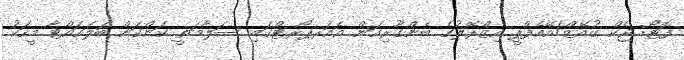
ފޮޓޯ: ޖެކް ގުއޭޒް/އޭއެފްޕީ އިޒްރޭލުގެ ބެންގޫރިއަން އެއަރޕޯރޓްގައި ސަލާމަތީ ކަންކަން ބަލަހައްޓާ މީހަކު